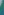
.